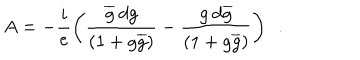
A = - \frac { i } { e } \left( \frac { \overline { { { g } } } \: d g } { ( 1 + g \overline { { { g } } } ) } - \frac { g \: d \overline { { { g } } } } { ( 1 + g \overline { { { g } } } ) } \right) ~ ~ .